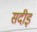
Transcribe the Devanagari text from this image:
सदीइ